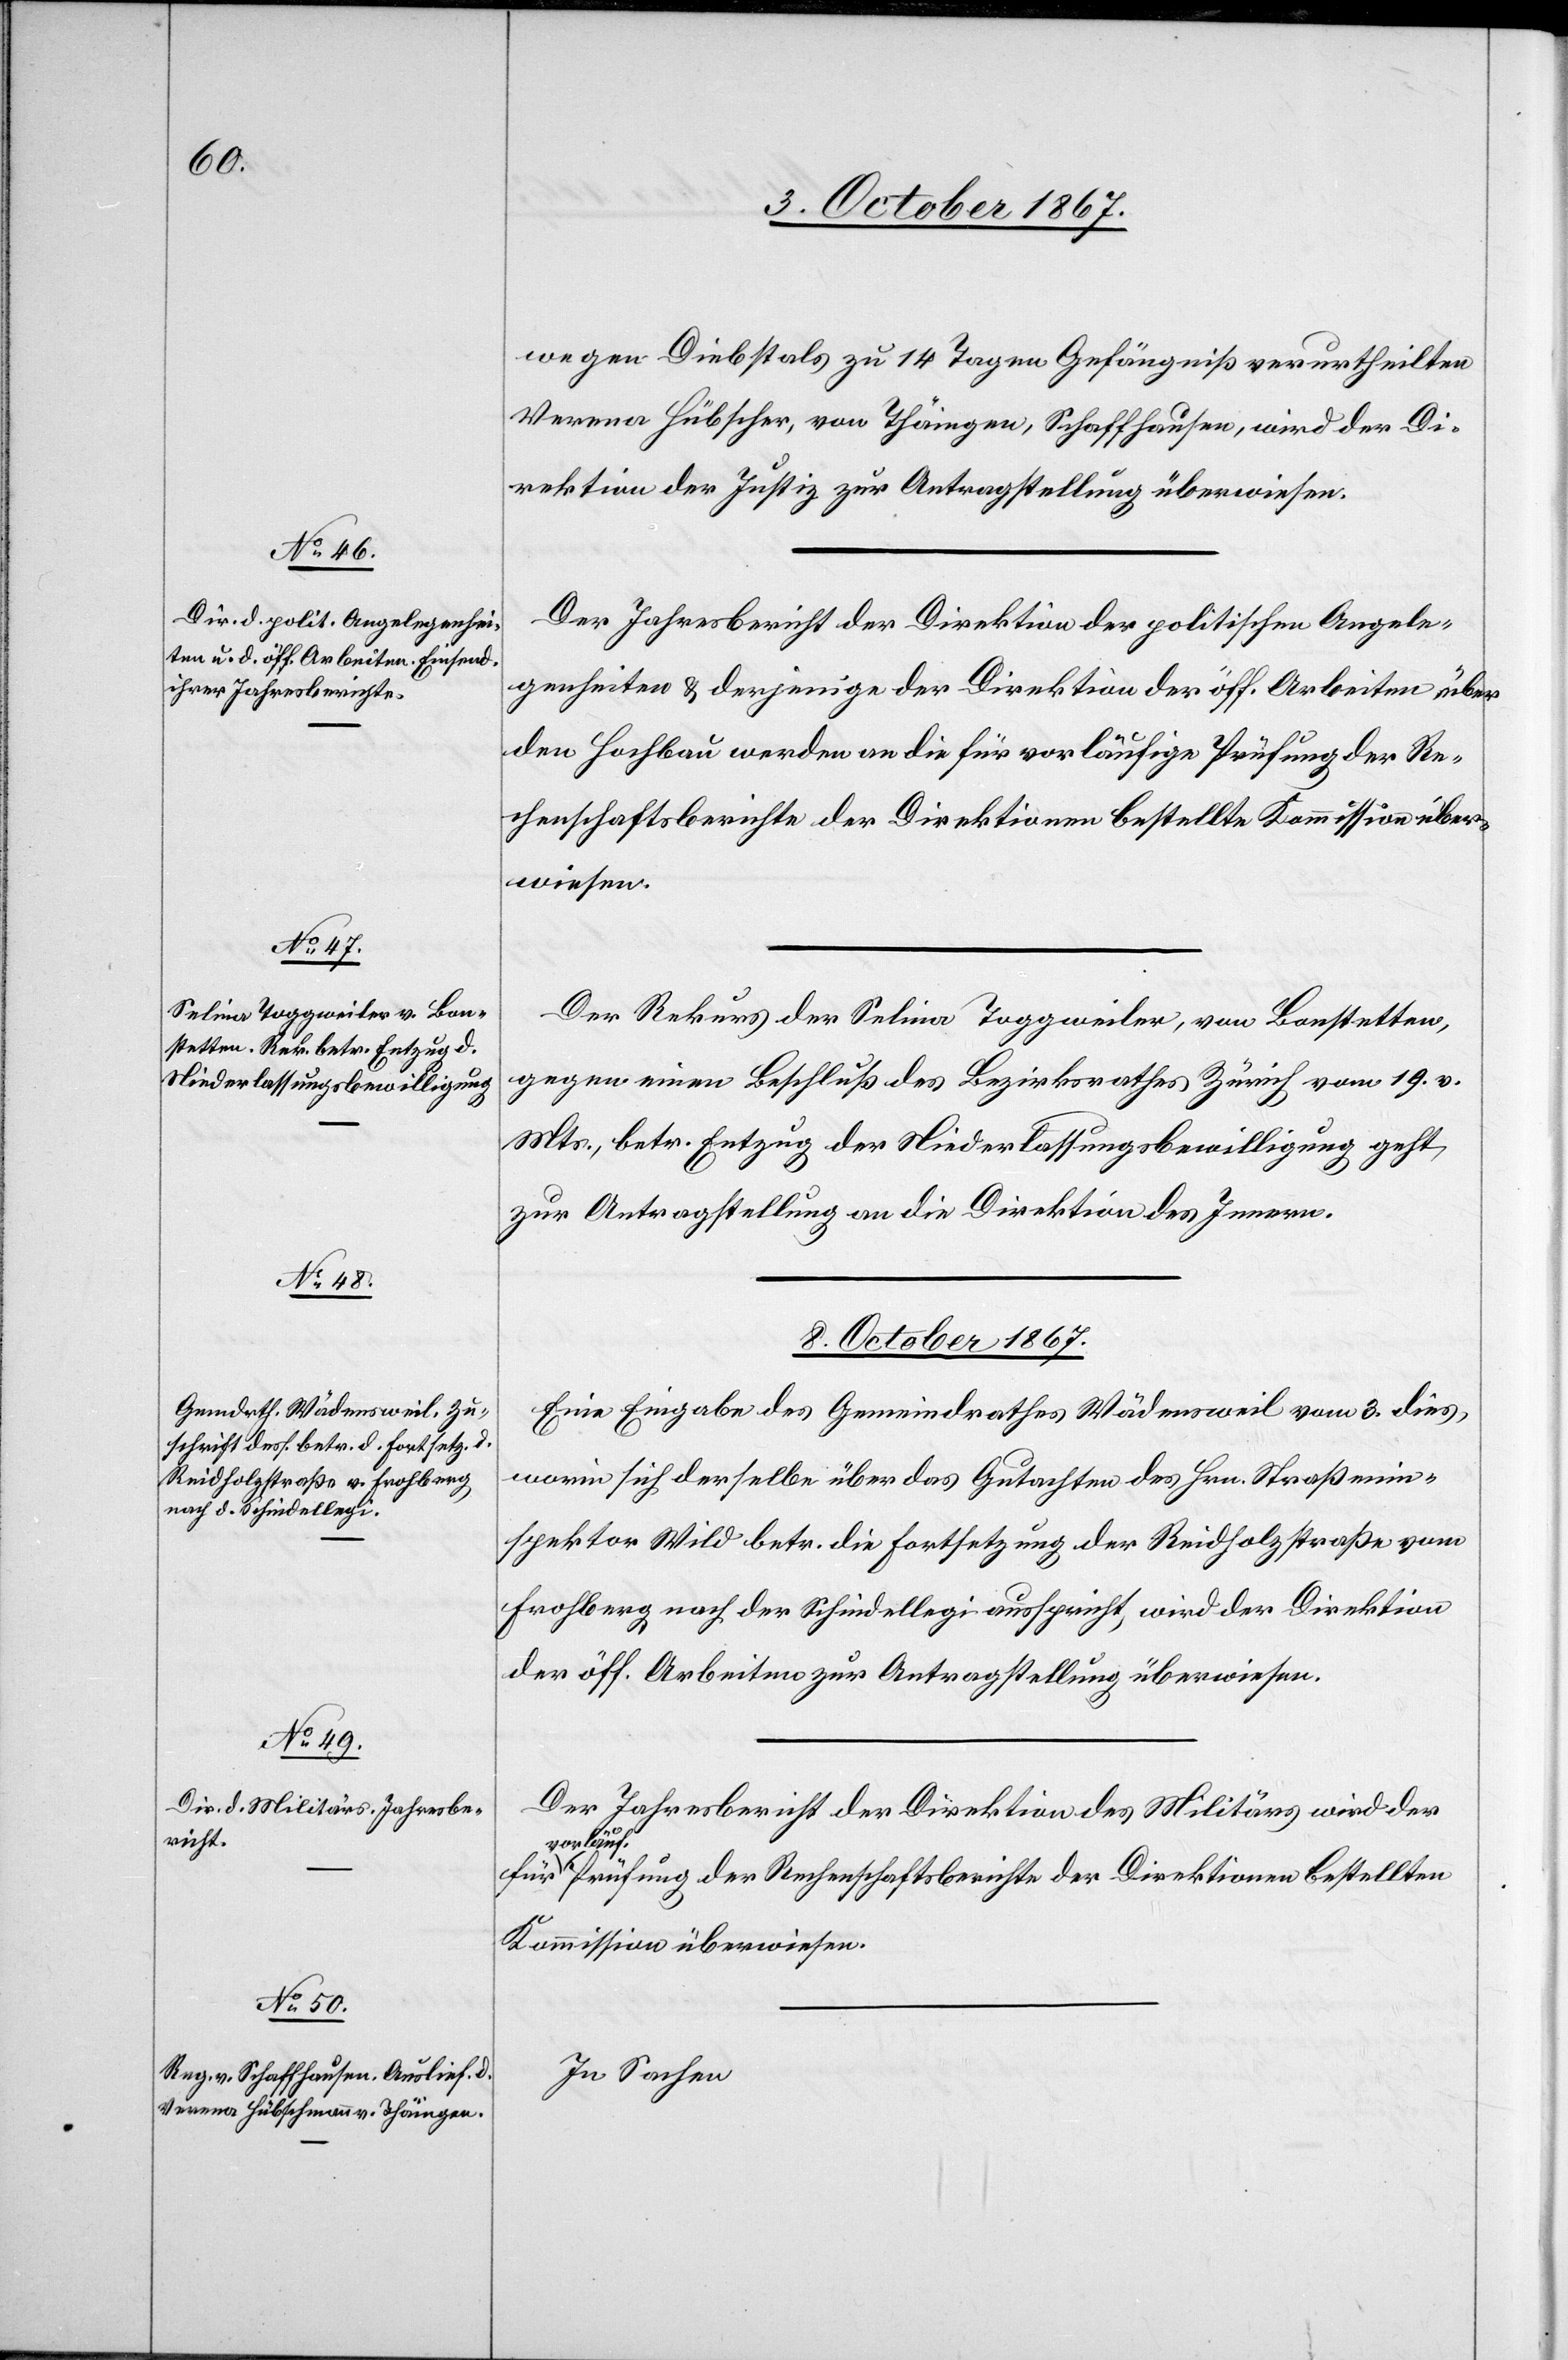
wegen Diebstals zu 14 Tagen Gefängniß verurtheilten
Verena Hübscher, von Thäingen, Schaffhausen, wird der Di¬
rektion der Justiz zur Antragstellung überwiesen.
Der Jahresbericht der Direktion der politischen Angele¬
genheiten u. derjenige der Direktion der öff. Arbeiten über
den Hochbau werden an die für vorläufige Prüfung der Re¬
chenschaftsberichte der Direktionen bestellte Kommission über¬
wiesen.
Der Rekurs der Selina Toggweiler, von Bonstetten,
gegen einen Beschluß des Bezirksrathes Zürich vom 19. v.
Mts., betr. Entzug der Niederlassungsbewilligung geht
zur Antragstellung an die Direktion des Innern.
8. October 1867.]
Eine Eingabe des Gemeindrathes Wädensweil vom 3. dies,
worin sich derselbe über das Gutachten des Hrn. Straßenin¬
spektor Wild betr. die Fortsetzung der Reidholzstraße vom
Frohberg nach der Schindellegi ausspricht, wird der Direktion
der öff. Arbeiten zur Antragstellung überwiesen.
Der Jahresbericht der Direktion des Militärs wird der
vorläu¬
f. Prüfung der Rechenschaftsberichte der Direktionen bestellten
Kommission überwiesen.
In Sachen